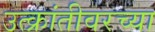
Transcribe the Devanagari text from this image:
उत्क्रांतीवरच्या